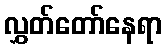
လွှတ်တော်နေရာ